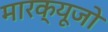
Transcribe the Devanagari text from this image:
मारक्यूजो